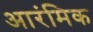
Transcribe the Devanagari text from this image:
आरंमिक